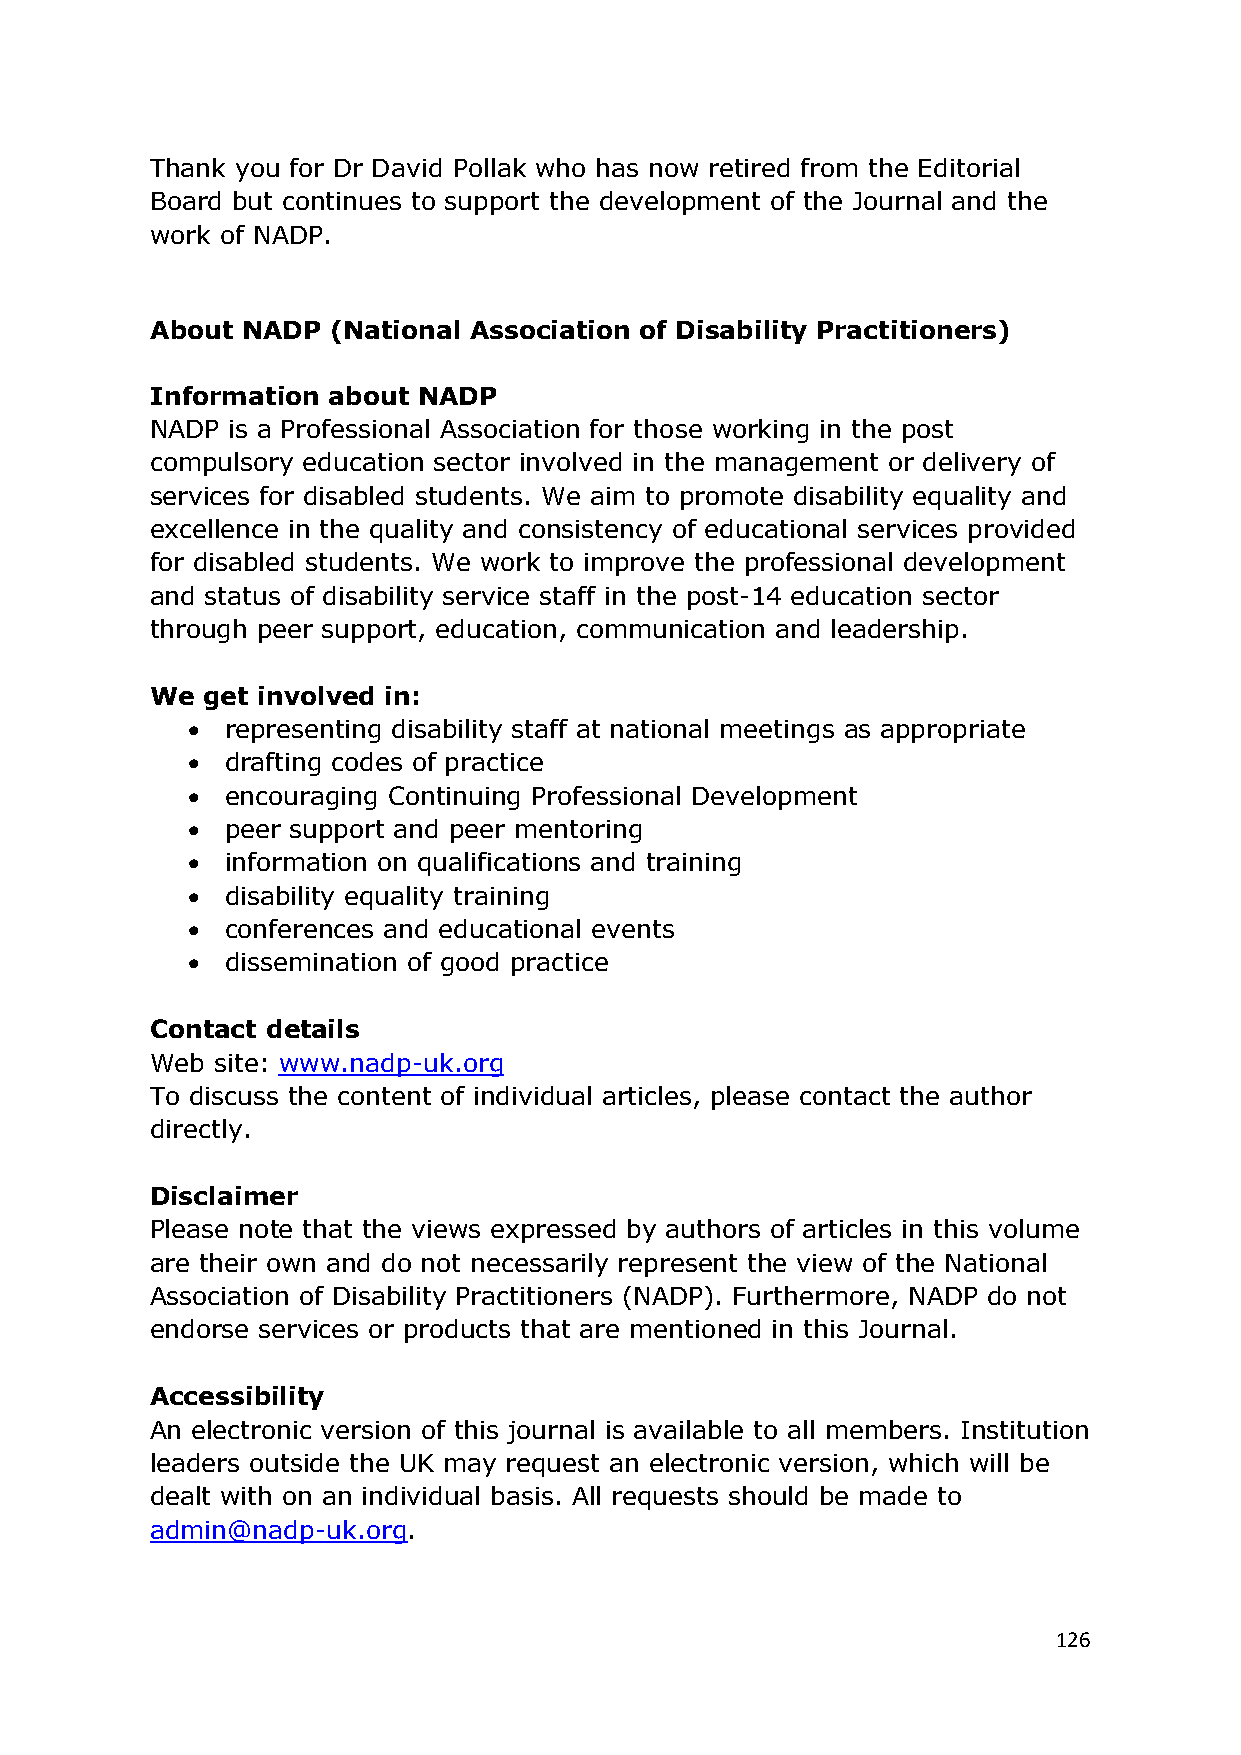
Thank you for Dr David Pollak who has now retired from the Editorial
 Board but continues to support the development of the Journal and the
 work of NADP.
 About NADP  (National Association of Disability Practitioners)
 Information about NADP
 NADP is a Professional Association for those working in the post
 compulsory education sector involved in the management or delivery of
 services for disabled students. We aim to promote disability equality and
 excellence in the quality and consistency of educational services provided
 for disabled students. We work to improve the professional development
 and status of disability service staff in the post-14 education sector
 through peer support, education, communication and leadership.
 We get involved in:
   representing disability staff at national meetings as appropriate
   drafting codes of practice
   encouraging Continuing Professional Development
   peer support and peer mentoring
   information on qualifications and training
   disability equality training
   conferences and educational events
   dissemination of good practice
 Contact details
 Web site: www.nadp-uk.org
 To discuss the content of individual articles, please contact the author
 directly.
 Disclaimer
 Please note that the views expressed by authors of articles in this volume
 are their own and do not necessarily represent the view of the National
 Association of Disability Practitioners (NADP). Furthermore, NADP do not
 endorse services or products that are mentioned in this Journal.
 Accessibility
 An electronic version of this journal is available to all members. Institution
 leaders outside the UK may request an electronic version, which will be
 dealt with on an individual basis. All requests should be made to
 admin@nadp-uk.org.
 126